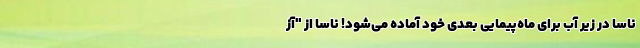
ناسا در زیر آب برای ماه‌پیمایی بعدی خود آماده می‌شود! ناسا از "آز